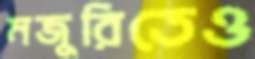
মজুরিতেও